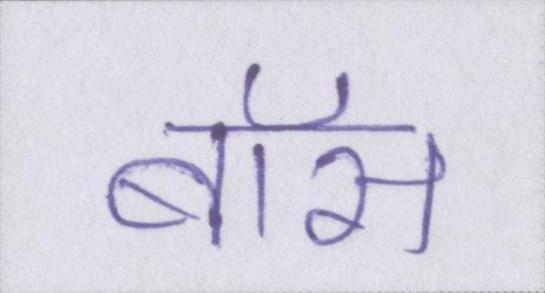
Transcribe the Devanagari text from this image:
बॉस